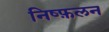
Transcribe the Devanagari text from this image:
निष्फ़लन